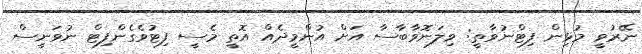
ނޭރުވީ މުޅިން ފިޓްނުވާތީ: ވިލަނޮވާބާސާ އަށް އުންމީދެއް އޮތީ މެސީ ފިޓުވެގެންފިޓް ނުވަނީސް